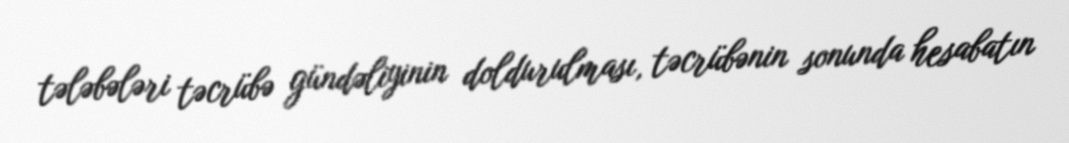
tələbələri təcrübə gündəliyinin doldurulması, təcrübənin sonunda hesabatın